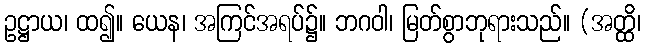
ဥဋ္ဌာယ၊ ထ၍။ ယေန၊ အကြင်အရပ်၌။ ဘဂဝါ၊ မြတ်စွာဘုရားသည်။ (အတ္ထိ၊